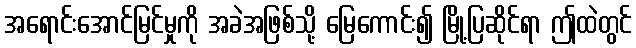
အရောင်းအောင်မြင်မှုကို အခဲအဖြစ်သို့ မြေကောင်း၍ မြို့ပြဆိုင်ရာ ဤထဲတွင်